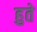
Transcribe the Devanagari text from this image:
हुते